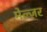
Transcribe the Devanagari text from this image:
मेल्ज़र